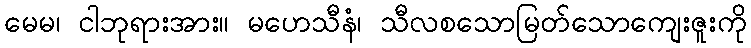
မေမ၊ ငါဘုရားအား။ မဟေသီနံ၊ သီလစသောမြတ်သောကျေးဇူးကို